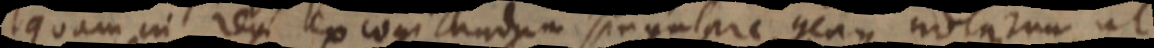
quam in rem excogitandum singulare genus notarum, ut